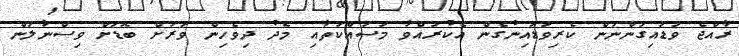
ރާއްޖެ ވަޑައިގަންނަން ކެރިވަޑައިނުގެން އެކުރައްވާ މަސައްކަތާއި މެދު ދިވެހިން ވަރަށް ބޮޑަށް ވިސްނާލަން